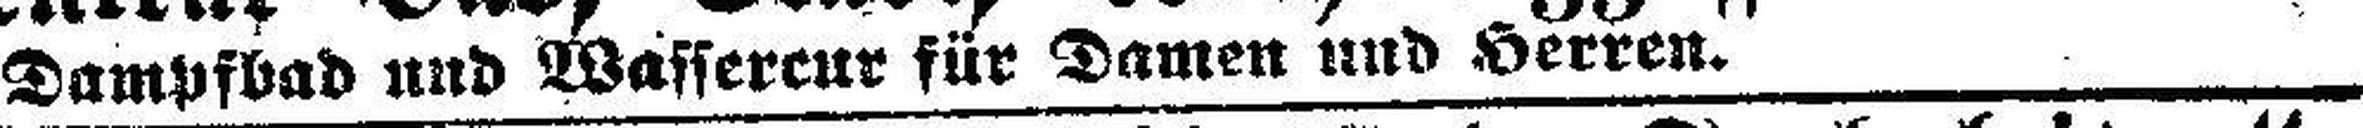
Dampfbad und Wassercur für Damen und Herren.